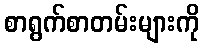
စာရွက်စာတမ်းများကို